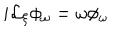
i { \cal L } _ { \xi } \phi _ { \omega } = \omega \phi _ { \omega } ~ ~ ~